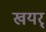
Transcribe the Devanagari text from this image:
खयर्